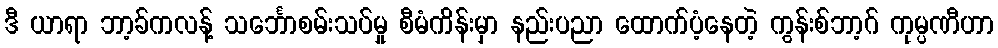
ဒီ ယာရာ ဘာ့ခ်ကလန့် သင်္ဘောစမ်းသပ်မှု စီမံကိန်းမှာ နည်းပညာ ထောက်ပံ့နေတဲ့ ကွန်းစ်ဘာ့ဂ် ကုမ္ပဏီဟာ